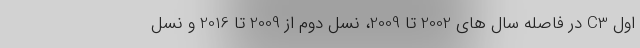
اول C3 در فاصله سال های 2002 تا 2009، نسل دوم از 2009 تا 2016 و نسل